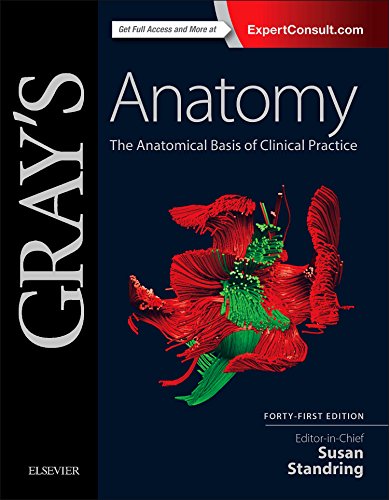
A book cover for Gray's Anatomy: The Anatomical Basis of Clinical Practice, 41e; Susan Standring PhD  DSc; Medical Books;